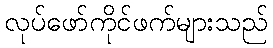
လုပ်ဖော်ကိုင်ဖက်များသည်